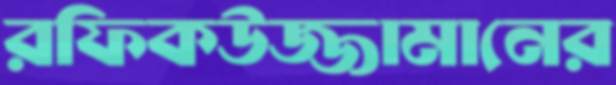
রফিকউজ্জামানের